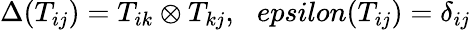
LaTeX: \Delta(T_{ij})=T_{ik}\otimes T_{kj},\ \ \, epsilon(T_{ij})=\delta_{ij}